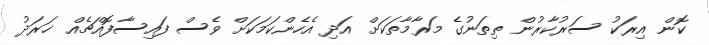
ކޮން އިރަކު ސަރުކާރުން ތިތަނުގެ މަރާމާތަކަށް އަދި އެހެންކަމަކަށް ވެސް ފައިސާފޮއްޗެއް ޚަރަދު